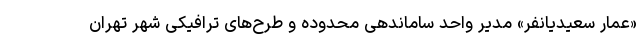
«عمار سعیدیانفر» مدیر واحد ساماندهی محدوده و طرح‌های ترافیکی شهر تهران